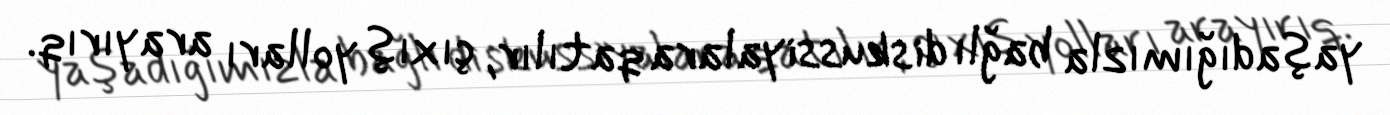
yaşadığımızla bağlı diskussiyalara qatılır, çıxış yolları arayırıq.